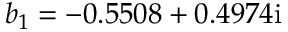
b _ { 1 } = - 0 . 5 5 0 8 + 0 . 4 9 7 4 \mathrm { i }